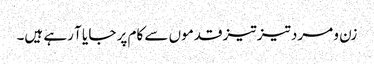
زن و مرد تیز تیز قدموں سے کام پر جا یا آ رہے ہیں۔